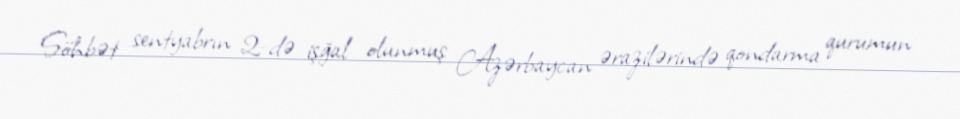
Söhbət sentyabrın 2-də işğal olunmuş Azərbaycan ərazilərində qondarma qurumun